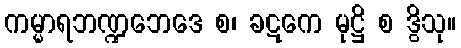
ကမ္မာရဘဏ္ဍဘေဒေ စ၊ ခဋကေ မုဋ္ဌိ စ ဒွိသု။